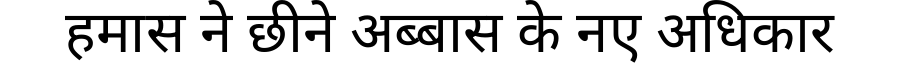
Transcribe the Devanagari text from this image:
हमास ने छीने अब्बास के नए अधिकार